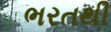
ભરતથી